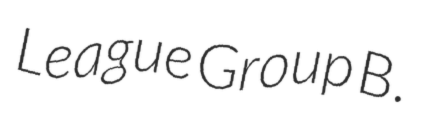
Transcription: League Group B.